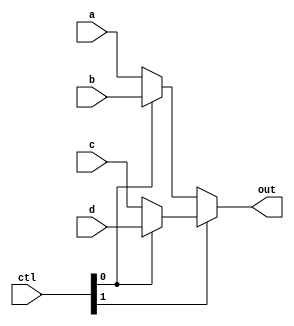
module MUX2 (a, b, c, d, ctl, out);

    input [31:0] a;
    input [31:0] b;
    input [31:0] c;
    input [31:0] d;
    input [1:0] ctl;
    output [31:0] out;

    assign out = ctl[1] ? (ctl[0] ? d : c) : (ctl[0] ? b : a);

endmodule